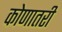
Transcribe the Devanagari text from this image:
कोणातरी